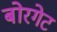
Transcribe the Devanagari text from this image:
बोरगेट